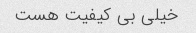
خیلی بی کیفیت هست